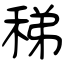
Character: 稊